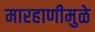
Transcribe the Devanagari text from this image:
मारहाणीमुळे